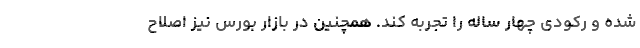
شده و رکودی چهار ساله را تجربه کند. همچنین در بازار بورس نیز اصلاح